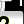
Digit: 2